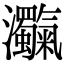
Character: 𤅴